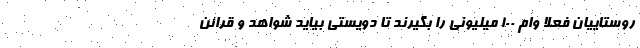
روستاییان فعلا وام ۱۰۰ میلیونی را بگیرند تا دویستی بیاید شواهد و قرائن